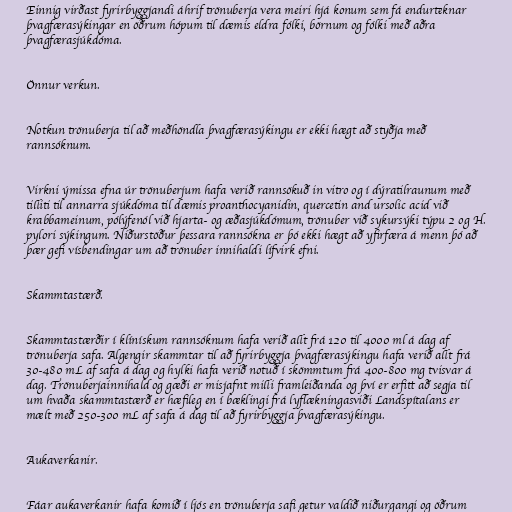
Einnig virðast fyrirbyggjandi áhrif trönuberja vera meiri hjá konum sem fá endurteknar
þvagfærasýkingar en öðrum hópum til dæmis eldra fólki, börnum og fólki með aðra
þvagfærasjúkdóma.

Önnur verkun.

Notkun trönuberja til að meðhöndla þvagfærasýkingu er ekki hægt að styðja með
rannsóknum.

Virkni ýmissa efna úr trönuberjum hafa verið rannsökuð in vitro og í dýratilraunum með
tilliti til annarra sjúkdóma til dæmis proanthocyanidin, quercetin and ursolic acid við
krabbameinum, pólýfenól við hjarta- og æðasjúkdómum, trönuber við sykursýki týpu 2 og H.
pylori sýkingum. Niðurstöður þessara rannsókna er þó ekki hægt að yfirfæra á menn þó að
þær gefi vísbendingar um að trönuber innihaldi lífvirk efni.

Skammtastærð.

Skammtastærðir í klínískum rannsóknum hafa verið allt frá 120 til 4000 ml á dag af
trönuberja safa. Algengir skammtar til að fyrirbyggja þvagfærasýkingu hafa verið allt frá
30-480 mL af safa á dag og hylki hafa verið notuð í skömmtum frá 400-800 mg tvisvar á
dag. Trönuberjainnihald og gæði er misjafnt milli framleiðanda og því er erfitt að segja til
um hvaða skammtastærð er hæfileg en í bæklingi frá lyflækningasviði Landspítalans er
mælt með 250-300 mL af safa á dag til að fyrirbyggja þvagfærasýkingu.

Aukaverkanir.

Fáar aukaverkanir hafa komið í ljós en trönuberja safi getur valdið niðurgangi og öðrum